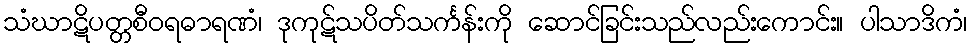
သံဃာဋိပတ္တစီဝရဓာရဏံ၊ ဒုကုဋ်သပိတ်သင်္ကန်းကို ဆောင်ခြင်းသည်လည်းကောင်း။ ပါသာဒိကံ၊